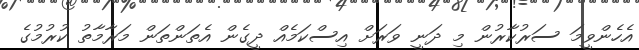
އެހެންވީމަ ސަރުކާރުން މި ދަނީ ވަރަށް އިސްކަމެއް ދީގެން އެތަންތަން މަރާމާތު ކުރުމުގެ